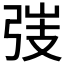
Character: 𢏫